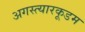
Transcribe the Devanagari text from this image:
अगस्त्यारकूडम